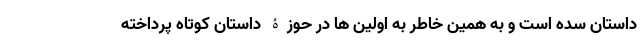
داستان سده است و به همین خاطر به اولین ها در حوزۀ داستان کوتاه پرداخته